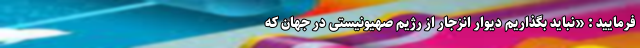
فرمایید : «نباید بگذاریم دیوار انزجار از رژیم صهیونیستی در جهان که